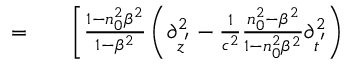
\begin{array} { r l r } { = } & { { } } & { \left[ \frac { 1 - n _ { 0 } ^ { 2 } \beta ^ { 2 } } { 1 - \beta ^ { 2 } } \left( \partial _ { z ^ { ' } } ^ { 2 } - \frac { 1 } { c ^ { 2 } } \frac { n _ { 0 } ^ { 2 } - \beta ^ { 2 } } { 1 - n _ { 0 } ^ { 2 } \beta ^ { 2 } } \partial _ { t ^ { ' } } ^ { 2 } \right) \right. } \end{array}